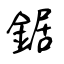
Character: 鋸